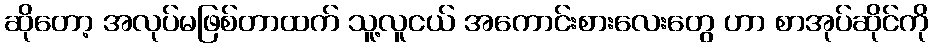
ဆိုတော့ အလုပ်မဖြစ်တာထက် သူ့လူငယ် အကောင်းစားလေးတွေ ဟာ စာအုပ်ဆိုင်ကို